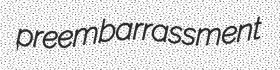
preembarrassment